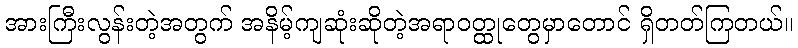
အားကြီးလွန်းတဲ့အတွက် အနိမ့်ကျဆုံးဆိုတဲ့အရာဝတ္ထုတွေမှာတောင် ရှိတတ်ကြတယ်။